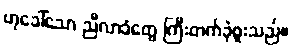
ဟုခေါ်သော ညီလာခံတွေ ကြီးတက်ခဲ့ဖူးသည်။